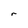
Character: r